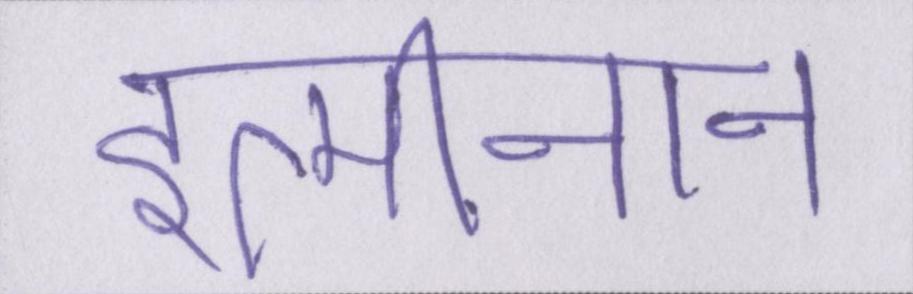
इत्मीनान